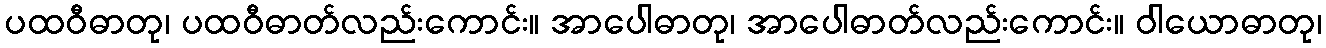
ပထဝီဓာတု၊ ပထဝီဓာတ်လည်းကောင်း။ အာပေါဓာတု၊ အာပေါဓာတ်လည်းကောင်း။ ဝါယောဓာတု၊